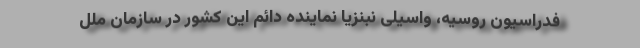
فدراسیون روسیه، واسیلی نبنزیا نماینده دائم این کشور در سازمان ملل